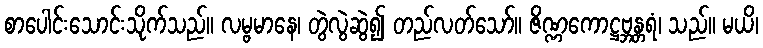
စာပေါင်းသောင်းသိုက်သည်။ လမ္ဗမာနေ၊ တွဲလွဲဆွဲ၍ တည်လတ်သော်။ ဇိဏ္ဏကောဋ္ဌဗ္ဘန္တရံ၊ သည်။ မယိ၊